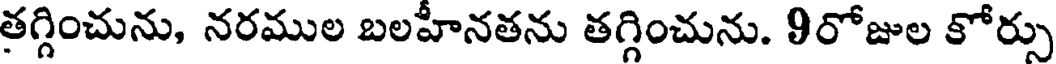
తగ్గించును, నరముల బలహీనతను తగ్గించును. 9రోజుల కోర్సు